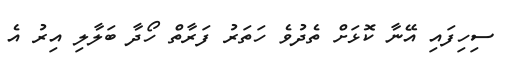
ސިހިފައި އޭނާ ކޮޅަށް ތެދުވެ ހަތަރު ފަރާތް ހޯދާ ބަލާލި އިރު އެ